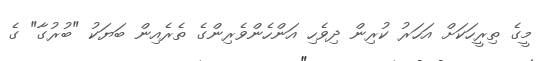
މީގެ ތިރީހަކަށް އަހަރު ކުރިން ދިވެހި އަންހެންވެރިންގެ ތެރެއިން ބަޔަކު "ބުރުގާ" ގެ